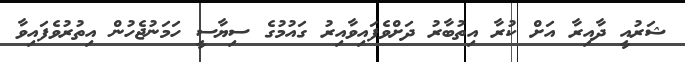
ޝަރުއީ ދާއިރާ އަށް ކުރާ އިތުބާރު ދަށްވެފައިވާއިރު ގައުމުގެ ސިޔާސީ ހަމަނުޖެހުން އިތުރުވެފައިވާ